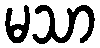
မသာ